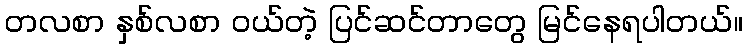
တလစာ နှစ်လစာ ဝယ်တဲ့ ပြင်ဆင်တာတွေ မြင်နေရပါတယ်။